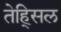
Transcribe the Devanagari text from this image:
तेह्सिल